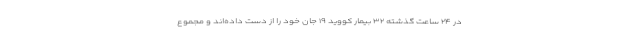
در ۲۴ ساعت گذشته ۳۲ بیمار کووید ۱۹ جان خود را از دست داده‌اند و مجموع